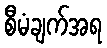
စီမံချက်အရ